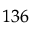
^ { 1 3 6 }